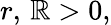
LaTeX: r,\, \mathbb{R}>0,